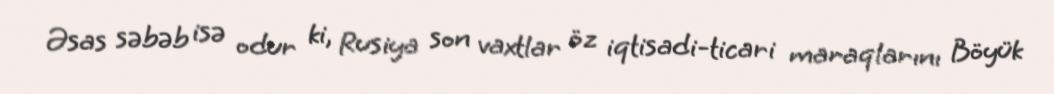
Əsas səbəb isə odur ki, Rusiya son vaxtlar öz iqtisadi-ticari maraqlarını Böyük